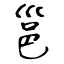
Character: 邕